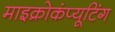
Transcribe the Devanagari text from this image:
माइक्रोकंप्यूटिंग